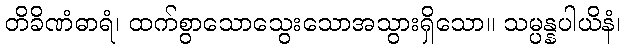
တိခိဏံဓာရံ၊ ထက်စွာသောသွေးသောအသွားရှိသော။ သမ္ပန္နပါယိနံ၊